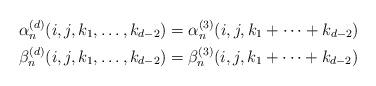
LaTeX: \begin{align*}\alpha_n^{(d)}(i,j,k_1,\dots,k_{d-2}) &= \alpha_n^{(3)}(i,j,k_1+\cdots+k_{d-2}) \\\beta_n^{(d)}(i,j,k_1,\dots,k_{d-2}) &= \beta_n^{(3)}(i,j,k_1+\cdots+k_{d-2})\end{align*}